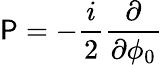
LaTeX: {\cal\mathsf{P}}=-{\frac{{i}}{{2}}}{\frac{{\partial}}{{\partial\phi_{0}}}}